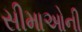
સીમાઓની